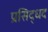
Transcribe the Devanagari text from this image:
प्रसिद्धद